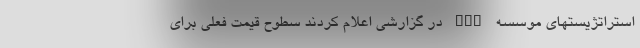
استراتژیستهای موسسه ING در گزارشی اعلام کردند سطوح قیمت فعلی برای